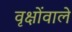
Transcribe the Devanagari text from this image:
वृक्षोंवाले